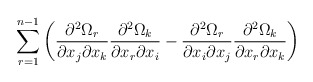
\begin{align*} \sum_{r=1}^{n-1} \left( \frac{\partial^2 \Omega_r}{\partial x_j \partial x_k} \frac{\partial^2 \Omega_k}{\partial x_r \partial x_i}- \frac{\partial^2 \Omega_r}{\partial x_i \partial x_j} \frac{\partial^2 \Omega_k}{\partial x_r \partial x_k}\right) \end{align*}